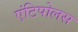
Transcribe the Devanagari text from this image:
एंटिपोलस